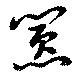
囂